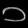
Digit: ၁